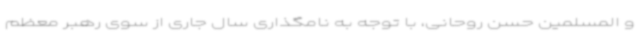
و المسلمین حسن روحانی، با توجه به نامگذاری سال جاری از سوی رهبر معظم